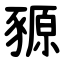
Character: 豲